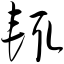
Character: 辄